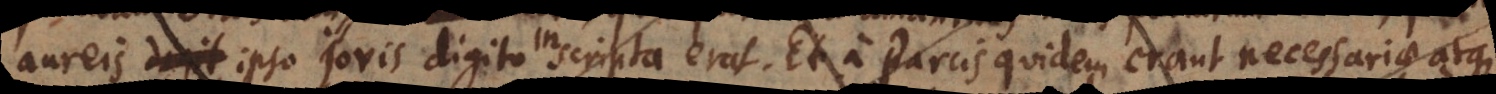
aureis ipso Jovis digito inscripta erat. Et a Parcis quidem erant necessariae atque